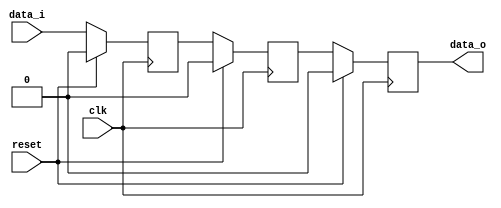
// https://github.com/jbush001/NyuziProcessor/blob/master/hardware/core/synchronizer.sv
//
// Copyright 2011-2015 Jeff Bush
//
// Licensed under the Apache License, Version 2.0 (the "License");
// you may not use this file except in compliance with the License.
// You may obtain a copy of the License at
//
//     http://www.apache.org/licenses/LICENSE-2.0
//
// Unless required by applicable law or agreed to in writing, software
// distributed under the License is distributed on an "AS IS" BASIS,
// WITHOUT WARRANTIES OR CONDITIONS OF ANY KIND, either express or implied.
// See the License for the specific language governing permissions and
// limitations under the License.
//

//
// Transfer a signal into a clock domain, avoiding metastability and
// race conditions due to propagation delay.
//

module synchronizer
    #(parameter WIDTH = 1,
    parameter RESET_STATE = 0)

    (input                      clk,
    input                       reset,
    output reg [WIDTH - 1:0]   data_o,
    input [WIDTH - 1:0]         data_i);

    reg [WIDTH - 1:0] sync0;
    reg [WIDTH - 1:0] sync1;

    always @(posedge clk)
    begin
        if (reset)
        begin
            sync0 <=  {RESET_STATE[WIDTH-1:0]};  // to remove lint Warning-WIDTHCONCAT
            sync1 <=  {RESET_STATE[WIDTH-1:0]};  // to remove lint Warning-WIDTHCONCAT
            data_o <= {RESET_STATE[WIDTH-1:0]};  // to remove lint Warning-WIDTHCONCAT
        end
        else
        begin
            sync0 <= data_i;
            sync1 <= sync0;
            data_o <= sync1;
        end
    end
    
    `ifdef FORMAL
    	initial data_o = 0;
    	initial sync0 = 0;
    	initial sync1 = 0;
    	
    	reg first_clk_had_passed = 0;
    	always @(posedge clk) first_clk_had_passed <= 1;
    	
    	always @(posedge clk)
    	begin
    		if(first_clk_had_passed)
    		begin
    			if($past(reset))
    			begin
				    assert(sync0 ==  {RESET_STATE[WIDTH-1:0]});  // to remove lint Warning-WIDTHCONCAT
				    assert(sync1 ==  {RESET_STATE[WIDTH-1:0]});  // to remove lint Warning-WIDTHCONCAT
				    assert(data_o == {RESET_STATE[WIDTH-1:0]});  // to remove lint Warning-WIDTHCONCAT    				
    			end
    			
    			else begin
				    assert(sync0 == $past(data_i));
				    assert(sync1 == $past(sync0));
				    assert(data_o == $past(sync1));     			
    			end
    		end
    		
    		else begin
		        assert(sync0 == 0);
		        assert(sync1 == 0);
		        assert(data_o == 0);    		
    		end
    	end
    `endif
endmodule